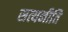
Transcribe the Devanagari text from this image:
सत्यनीति